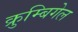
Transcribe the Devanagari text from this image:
क्रुम्बिगेल